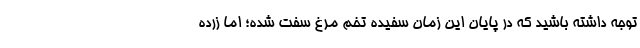
توجه داشته باشید که در پایان این زمان سفیده تخم مرغ سفت شده؛ اما زرده